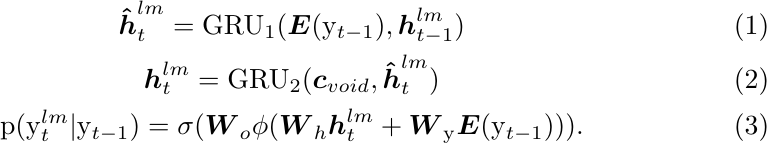
\begin{gather}
	\boldsymbol{\hat{{h}}}^{lm}_{t} = \text{GRU}_1(\boldsymbol{E}(\mathrm{y}_{t-1}),
        \boldsymbol{{h}}^{lm}_{t-1}) \\
        \boldsymbol{{h}}^{lm}_{t} = \text{GRU}_2(\boldsymbol{{c}}_{void},  \boldsymbol{\hat{{h}}}^{lm}_{t}) \\
        \text{p}({\mathrm{y}}^{lm}_t|{\mathrm{y}}_{t-1}) = \sigma( \boldsymbol{{W}}_o \phi( \boldsymbol{{W}}_{{h}} \boldsymbol{{h}}^{lm}_{t}  +  \boldsymbol{{W}}_{\mathrm{y}} \boldsymbol{E}({\mathrm{y}}_{t-1}))).
\end{gather}